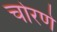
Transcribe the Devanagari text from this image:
चोरणे